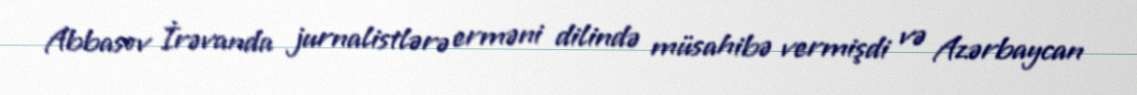
Abbasov İrəvanda jurnalistlərə erməni dilində müsahibə vermişdi və Azərbaycan